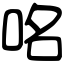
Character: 𠱷